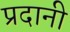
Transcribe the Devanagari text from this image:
प्रदानी